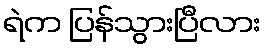
ရဲက ပြန်သွားပြီလား